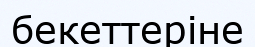
бекеттеріне